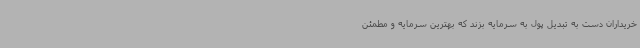
خریداران دست به تبدیل پول به سرمایه بزند که بهترین سرمایه و مطمئن